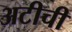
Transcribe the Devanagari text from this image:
अटीची